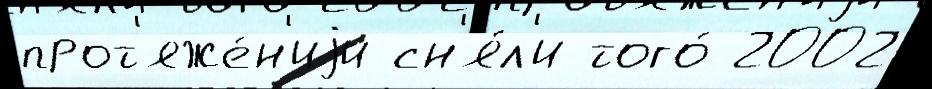
прот'яже́н'иjи сн'я́л'и того́ 2002